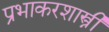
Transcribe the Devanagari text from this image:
प्रभाकरशास्त्री